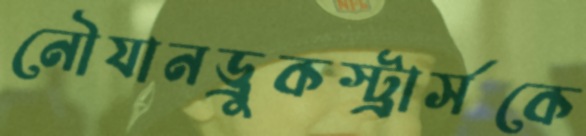
নৌযানড্রুকস্ট্রার্সকে